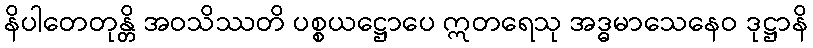
နိပါတေတုန္တိ အဝသိဿတိ ပစ္စယဋ္ဌောပေ ဣတရေသု အဒ္ဓမာသေနေဝ ဒုဋ္ဌာနိ